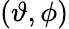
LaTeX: (\vartheta,\phi)